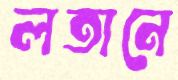
লতানে